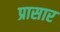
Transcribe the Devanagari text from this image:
प्रासार